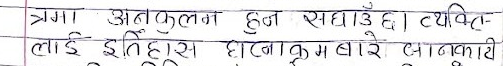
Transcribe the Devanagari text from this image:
त्रमा अनुकूलन हुन सघाउँछ । व्यक्ति-
लाई इतिहास घटनाक्रम बारे जानकारी